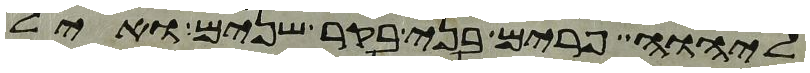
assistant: ליהוה פרים בני בקר שנים ואיל